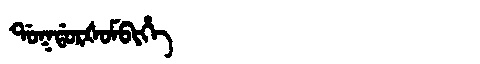
Manchu: ᡩᠣᡴᡩᠣᡵᡧᠣᠮᠪᡳᡥᡝ
Romanization: DOKDORŠOMBIHE